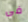
فى